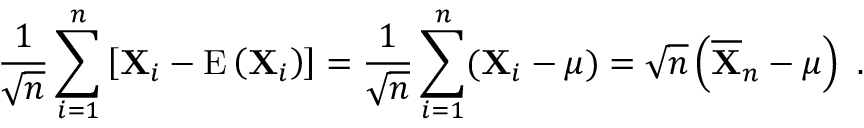
{ \frac { 1 } { \sqrt { n } } } \sum _ { i = 1 } ^ { n } \left[ \mathbf { X } _ { i } - \operatorname { E } \left( \mathbf { X } _ { i } \right) \right] = { \frac { 1 } { \sqrt { n } } } \sum _ { i = 1 } ^ { n } ( \mathbf { X } _ { i } - { \boldsymbol { \mu } } ) = { \sqrt { n } } \left( { \overline { { \mathbf { X } } } } _ { n } - { \boldsymbol { \mu } } \right) ~ .